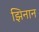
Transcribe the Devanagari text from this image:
झिनान